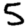
Digit: 5